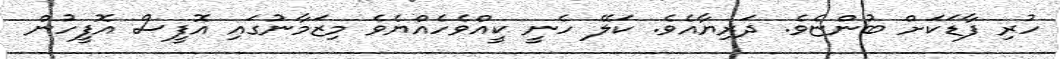
ހުރި ފާޑަކަށް ބުންޏެވެ. ދަރިޔާއެވެ. ކަލޭ ހެނީ ކީއްވެހެއްޔެވެ މިޒަމާނުގައި އޮފީސް އޮފީހުން